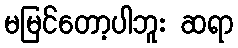
မမြင်တော့ပါဘူး ဆရာ